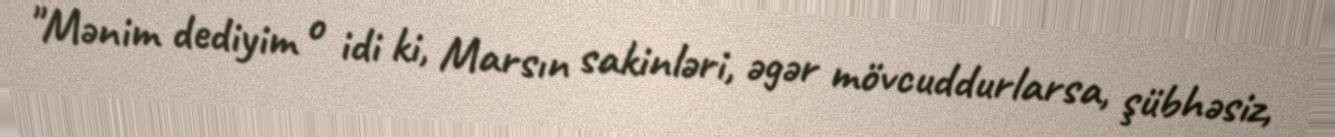
"Mənim dediyim o idi ki, Marsın sakinləri, əgər mövcuddurlarsa, şübhəsiz,